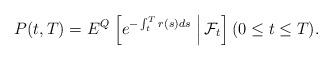
LaTeX: \begin{align*}P(t,T)=E^Q\left.\left[e^{-\int_{t}^{T}r(s)ds}\ \right|\mathcal{F}_t\right] (0\le t\le T).\end{align*}